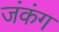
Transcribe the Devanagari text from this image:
जंकंग